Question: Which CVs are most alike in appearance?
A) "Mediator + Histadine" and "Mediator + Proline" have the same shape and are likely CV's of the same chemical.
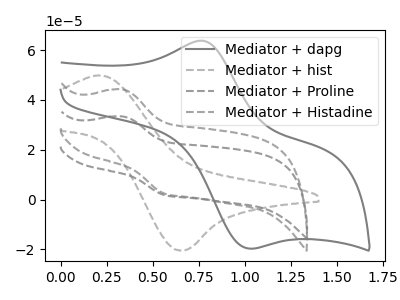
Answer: <think>The gray curve "Mediator + dapg" has an anodic peak at (0.75V, 63.80uA) and a cathodic peak at (1.00V, -19.60uA). The gray dashed curve "Mediator + hist" has an anodic peak at (0.20V, 49.90uA) and a cathodic peak at (0.65V, -20.55uA). The gray dashed curve "Mediator + Proline" has an anodic peak at (0.35V, 33.35uA) and a cathodic peak at (0.55V, 1.90uA). The gray dashed curve "Mediator + Histadine" has an anodic peak at (0.35V, 44.20uA) and a cathodic peak at (0.55V, 2.50uA).
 "Mediator + dapg" and "Mediator + hist" have at least one peak that do not match. "Mediator + dapg" and "Mediator + Proline" have at least one peak that do not match. "Mediator + dapg" and "Mediator + Histadine" have at least one peak that do not match. "Mediator + hist" and "Mediator + Proline" have at least one peak that do not match. "Mediator + hist" and "Mediator + Histadine" have at least one peak that do not match. All the peaks in "Mediator + Proline" have a peak in "Mediator + Histadine" at the same potential.</think>
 <answer>A) "Mediator + Histadine" and "Mediator + Proline" have the same shape and are likely CV's of the same chemical.</answer>
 <eval>A</eval>